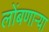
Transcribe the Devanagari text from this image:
लोंबणाऱ्या